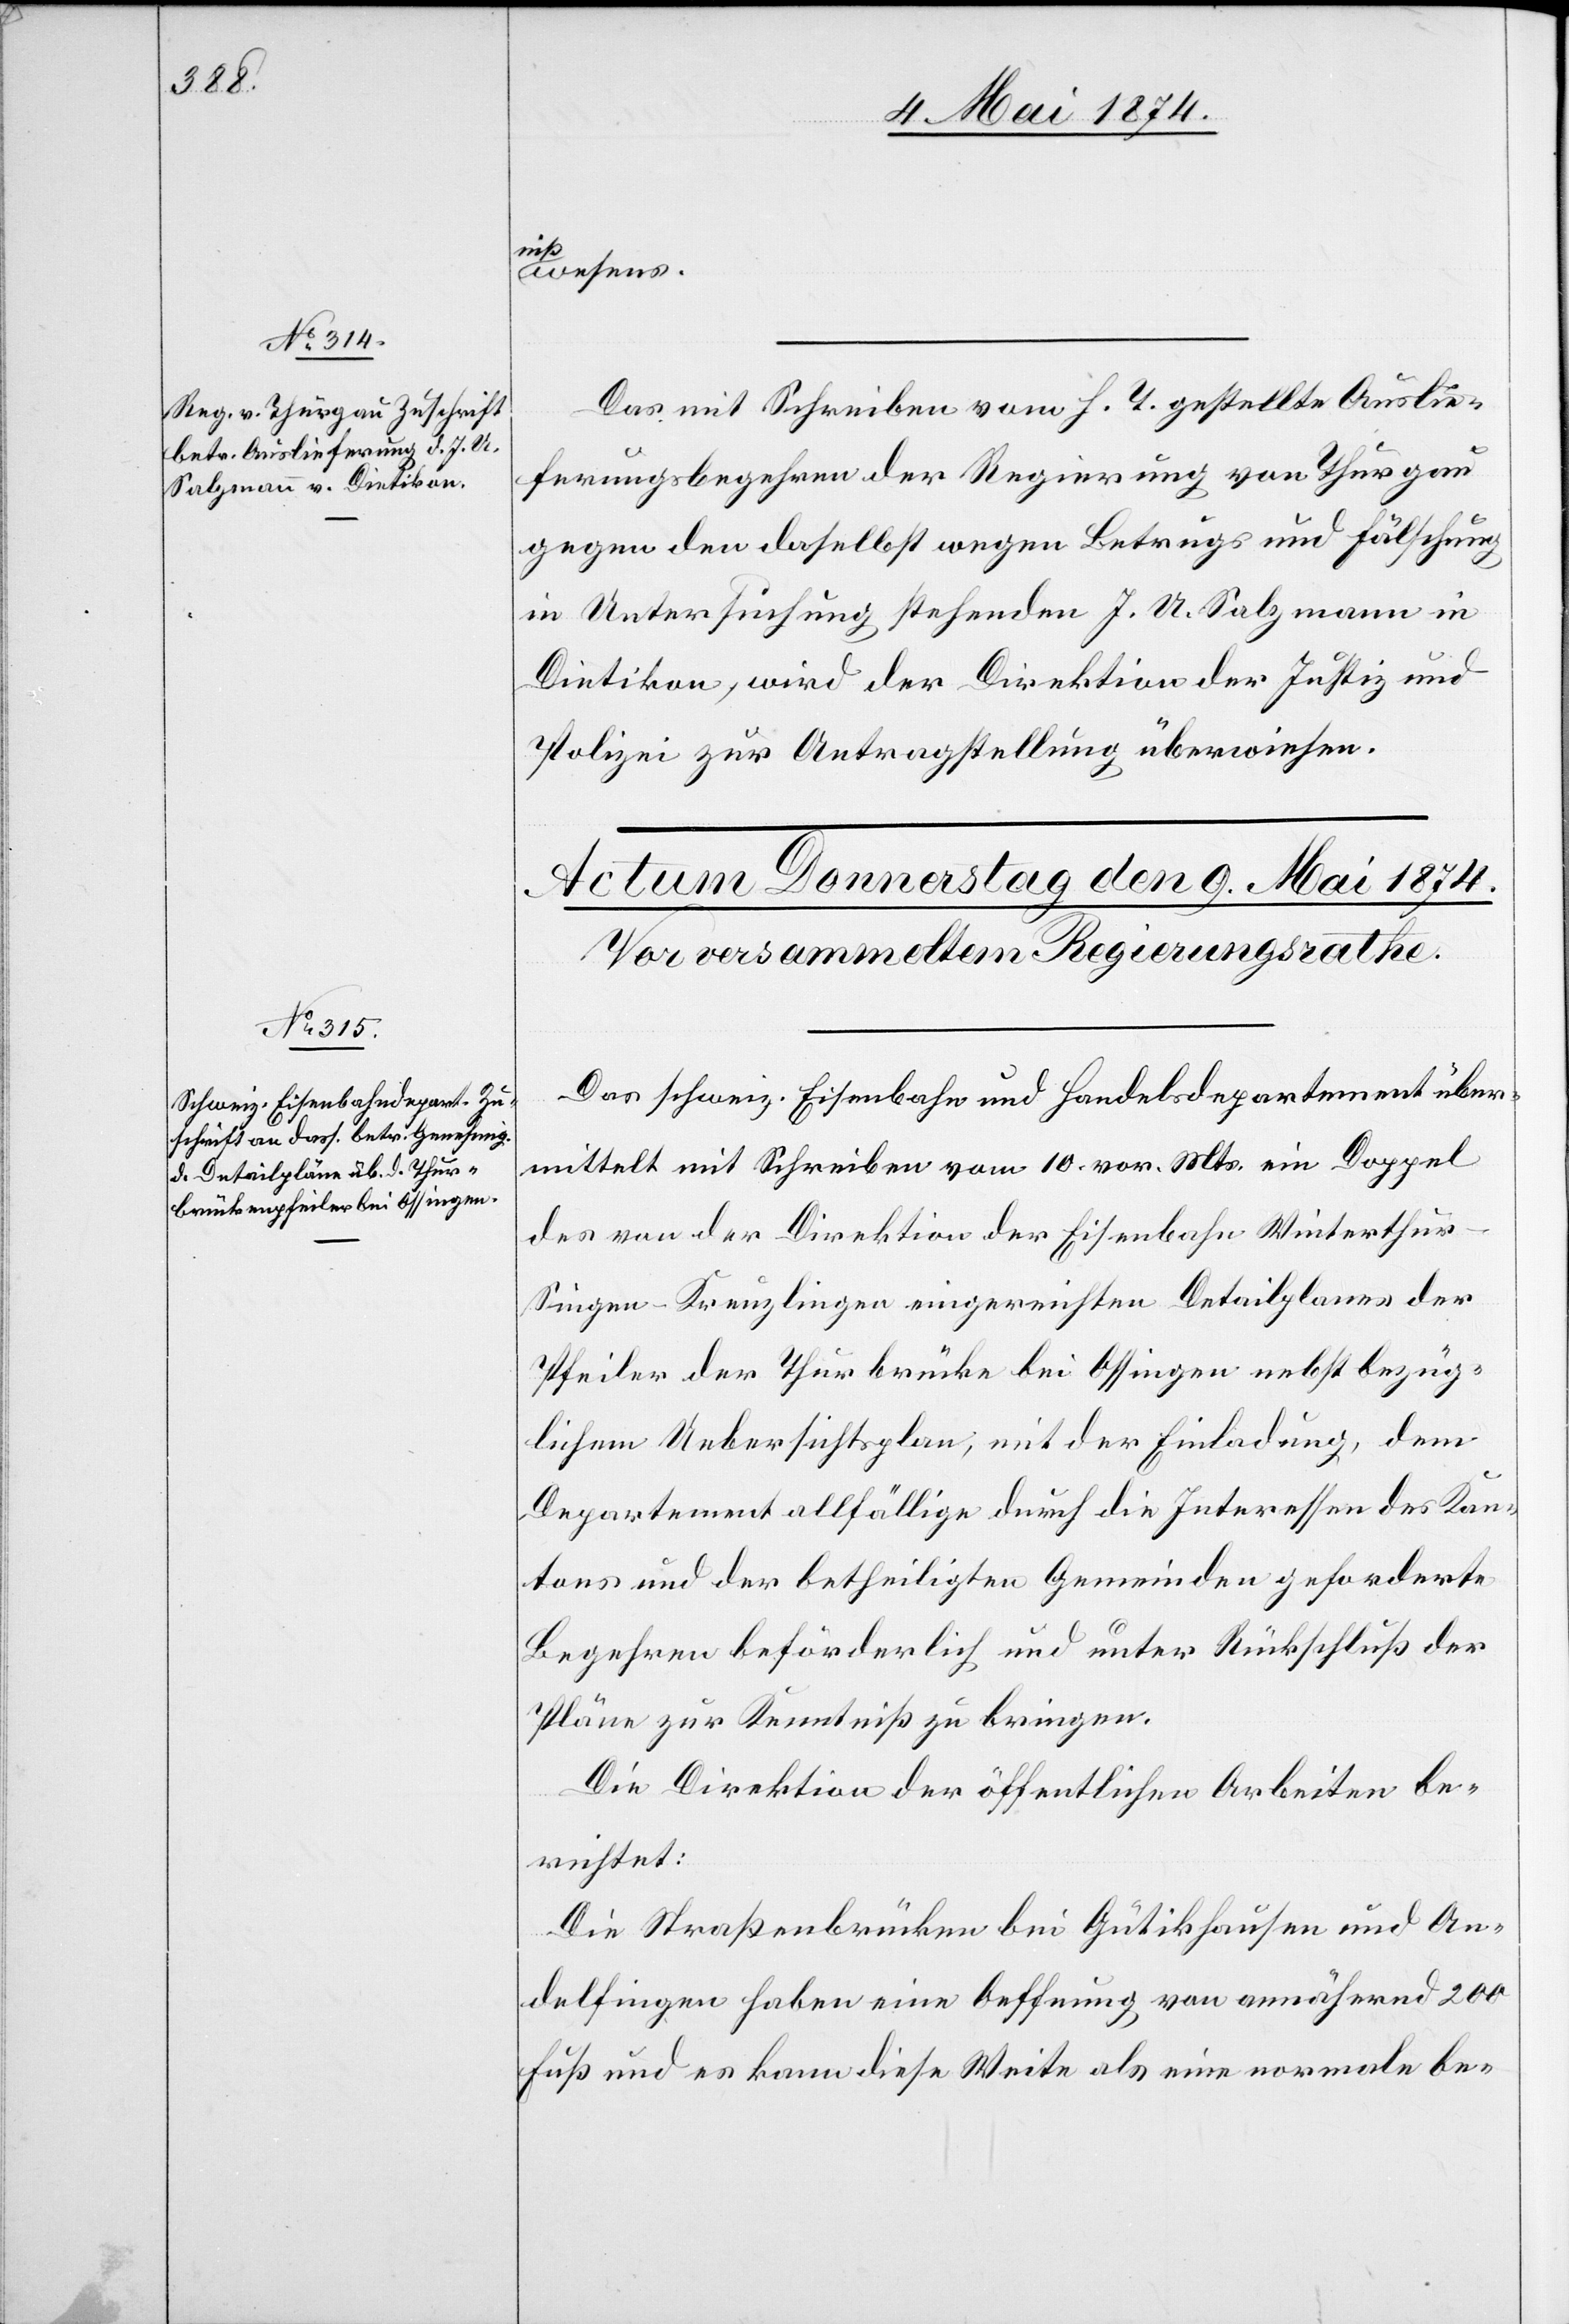
8. Mai 1874.]
niß¬
wesens.
Das mit Schreiben vom h. T. gestellte Auslie¬
ferungsbegehren der Regierung von Thurgau
gegen den daselbst wegen Betrugs und Fälschung
in Untersuchung stehenden J. U. Salzmann in
Dietikon, wird der Direktion der Justiz und
Polizei zur Antragstellung überwiesen.
Das schweiz. Eisenbahn und Handelsdepartement über¬
mittelt mit Schreiben vom 10. vor. Mts. ein Doppel
des von der Direktion der Eisenbahn Winterthur-S¬
ingen-Kreuzlingen eingereichten Detailplanes der
Pfeiler der Thurbrücke bei Ossingen nebst bezüg¬
lichem Uebersichtsplan, mit der Einladung, dem
Departement allfällige durch die Interessen des Kan¬
tons und der betheiligten Gemeinden geforderte
Begehren beförderlich und unter Rückschluß der
Pläne zur Kenntniß zu bringen.
Die Direktion der öffentlichen Arbeiten be¬
richtet:
Die Straßenbrücken bei Gütikhausen und An¬
delfingen haben eine Oeffnung von annähernd 200
Fuß und es kann diese Weite als eine normale be-